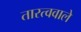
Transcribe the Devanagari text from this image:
तारत्ववाले